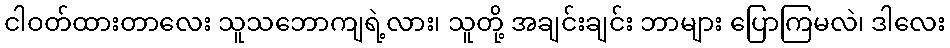
ငါဝတ်ထားတာလေး သူသဘောကျရဲ့လား၊ သူတို့ အချင်းချင်း ဘာများ ပြောကြမလဲ၊ ဒါလေး